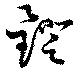
鐙